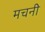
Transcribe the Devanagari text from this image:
मचनी